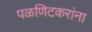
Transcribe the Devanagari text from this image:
पळणिटकरांना